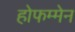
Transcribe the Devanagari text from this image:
होफम्मेन